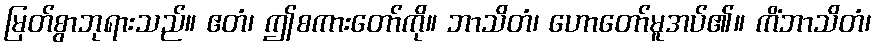
မြတ်စွာဘုရားသည်။ ဧတံ၊ ဤစကားတော်ကို။ ဘာသိတံ၊ ဟောတော်မူအပ်၏။ ကိံဘာသိတံ၊